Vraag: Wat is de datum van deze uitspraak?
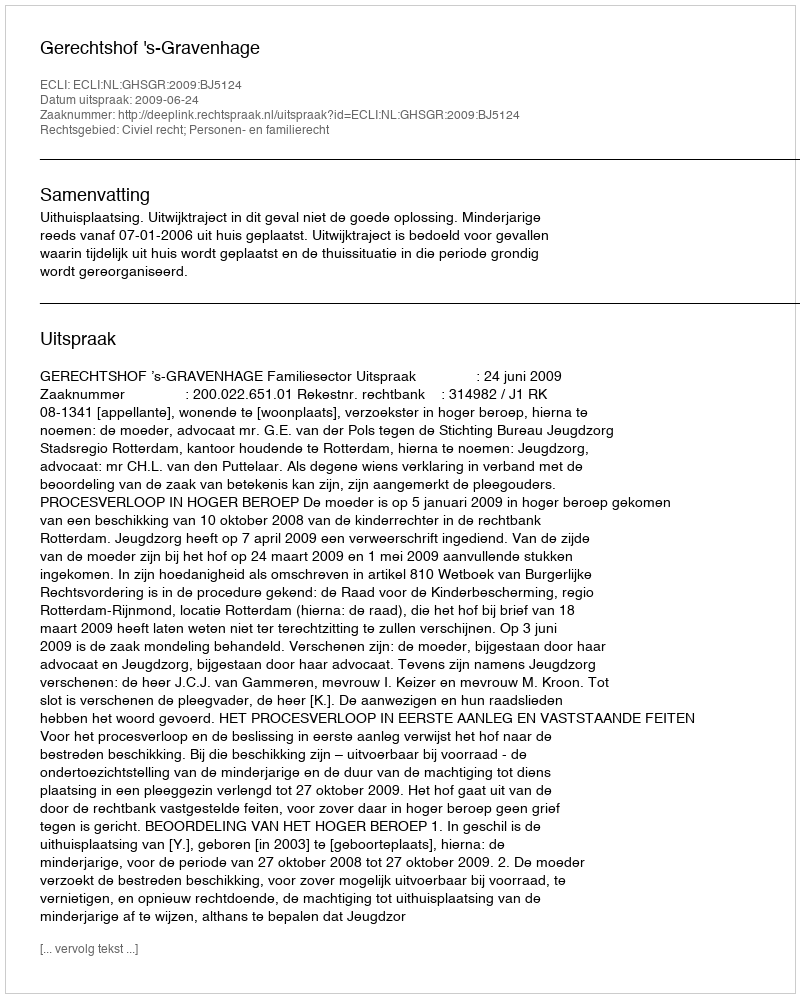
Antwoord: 2009-06-24